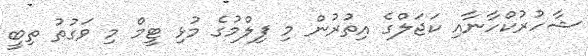
ޝާހުރުކްހާނާއި ކަޖަލްގެ އިތުރުން މި ފިލްމުގެ މުޅި ޓީމް މި ވަގުތު ތިބީ